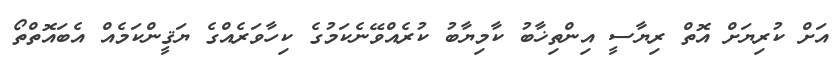
އަށް ކުރިޔަށް އޮތް ރިޔާސީ އިންތިޚާބު ކާމިޔާބު ކުރެއްވޭނެކަމުގެ ކިހާވަރެއްގެ ޔަޤީންކަމެއް އެބައޮތްތޯ